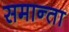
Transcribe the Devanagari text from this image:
समान्ता